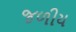
જળીય